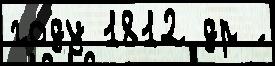
году 1812 др ́